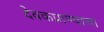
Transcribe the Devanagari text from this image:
देवकप्राण्याचा